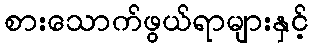
စားသောက်ဖွယ်ရာများနှင့်